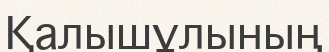
Қалышұлының